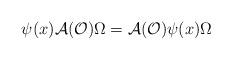
LaTeX: \begin{align*}\psi (x)\mathcal{A}(\mathcal{O})\Omega =\mathcal{A}(\mathcal{O})\psi(x)\Omega\end{align*}